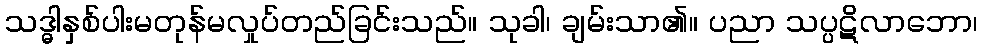
သဒ္ဓါနှစ်ပါးမတုန်မလှုပ်တည်ခြင်းသည်။ သုခါ၊ ချမ်းသာ၏။ ပညာ သပ္ပဋိလာဘော၊